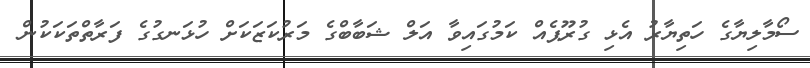
ސޯމާލިޔާގެ ހަތިޔާރު އެޅި ގުރޫޕެއް ކަމުގައިވާ އަލް ޝަބާބްގެ މަރުކަޒަކަށް ހުޅަނގުގެ ފަރާތްތަކަކުން